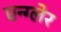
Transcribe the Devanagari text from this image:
एन्ग्लेर